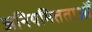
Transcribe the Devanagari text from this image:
अनियमितताओँ